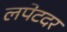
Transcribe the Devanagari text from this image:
लपेटदर